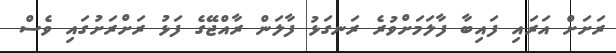
ރަށަށް އަރައި ފައިބާ ފާލަމަށްވުރެ ރަނގަޅު ފާލަން ރާއްޖޭގެ ފަޅު ރަށްރަށުގައި ވެސް